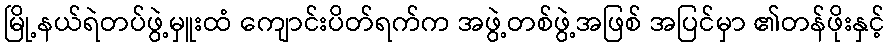
မြို့နယ်ရဲတပ်ဖွဲ့မှူးထံ ကျောင်းပိတ်ရက်က အဖွဲ့တစ်ဖွဲ့အဖြစ် အပြင်မှာ ၏တန်ဖိုးနှင့်